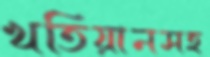
খতিয়ানসহ